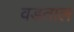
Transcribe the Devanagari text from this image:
वडताल